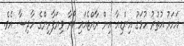
އަހަރު އުތުރު ހުޅަގު އިންޑިއާ އިން ރާއްޖެއައި ވޯރާ ވިޔަފާރިންގެ ހާދިސާ އެވެ.